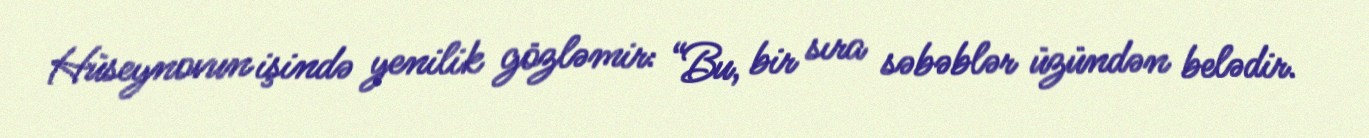
Hüseynovun işində yenilik gözləmir: “Bu, bir sıra səbəblər üzündən belədir.